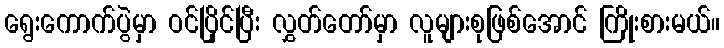
ရွေးကောက်ပွဲမှာ ဝင်ပြိုင်ပြီး လွှတ်တော်မှာ လူများစုဖြစ်အောင် ကြိုးစားမယ်။